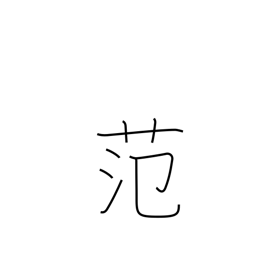
Meaning: casting mould